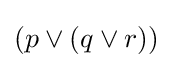
(p\lor (q\lor r))